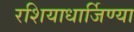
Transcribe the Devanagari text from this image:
रशियाधार्जिण्या